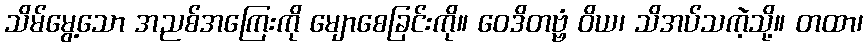
သိမ်မွေ့သော အညစ်အကြေးကို မျောစေခြင်းကို။ ဝေဒိတဗ္ဗံ ဝိယ၊ သိအပ်သကဲ့သို့။ တထာ၊